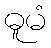
ဓူမံ